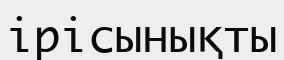
ірісынықты